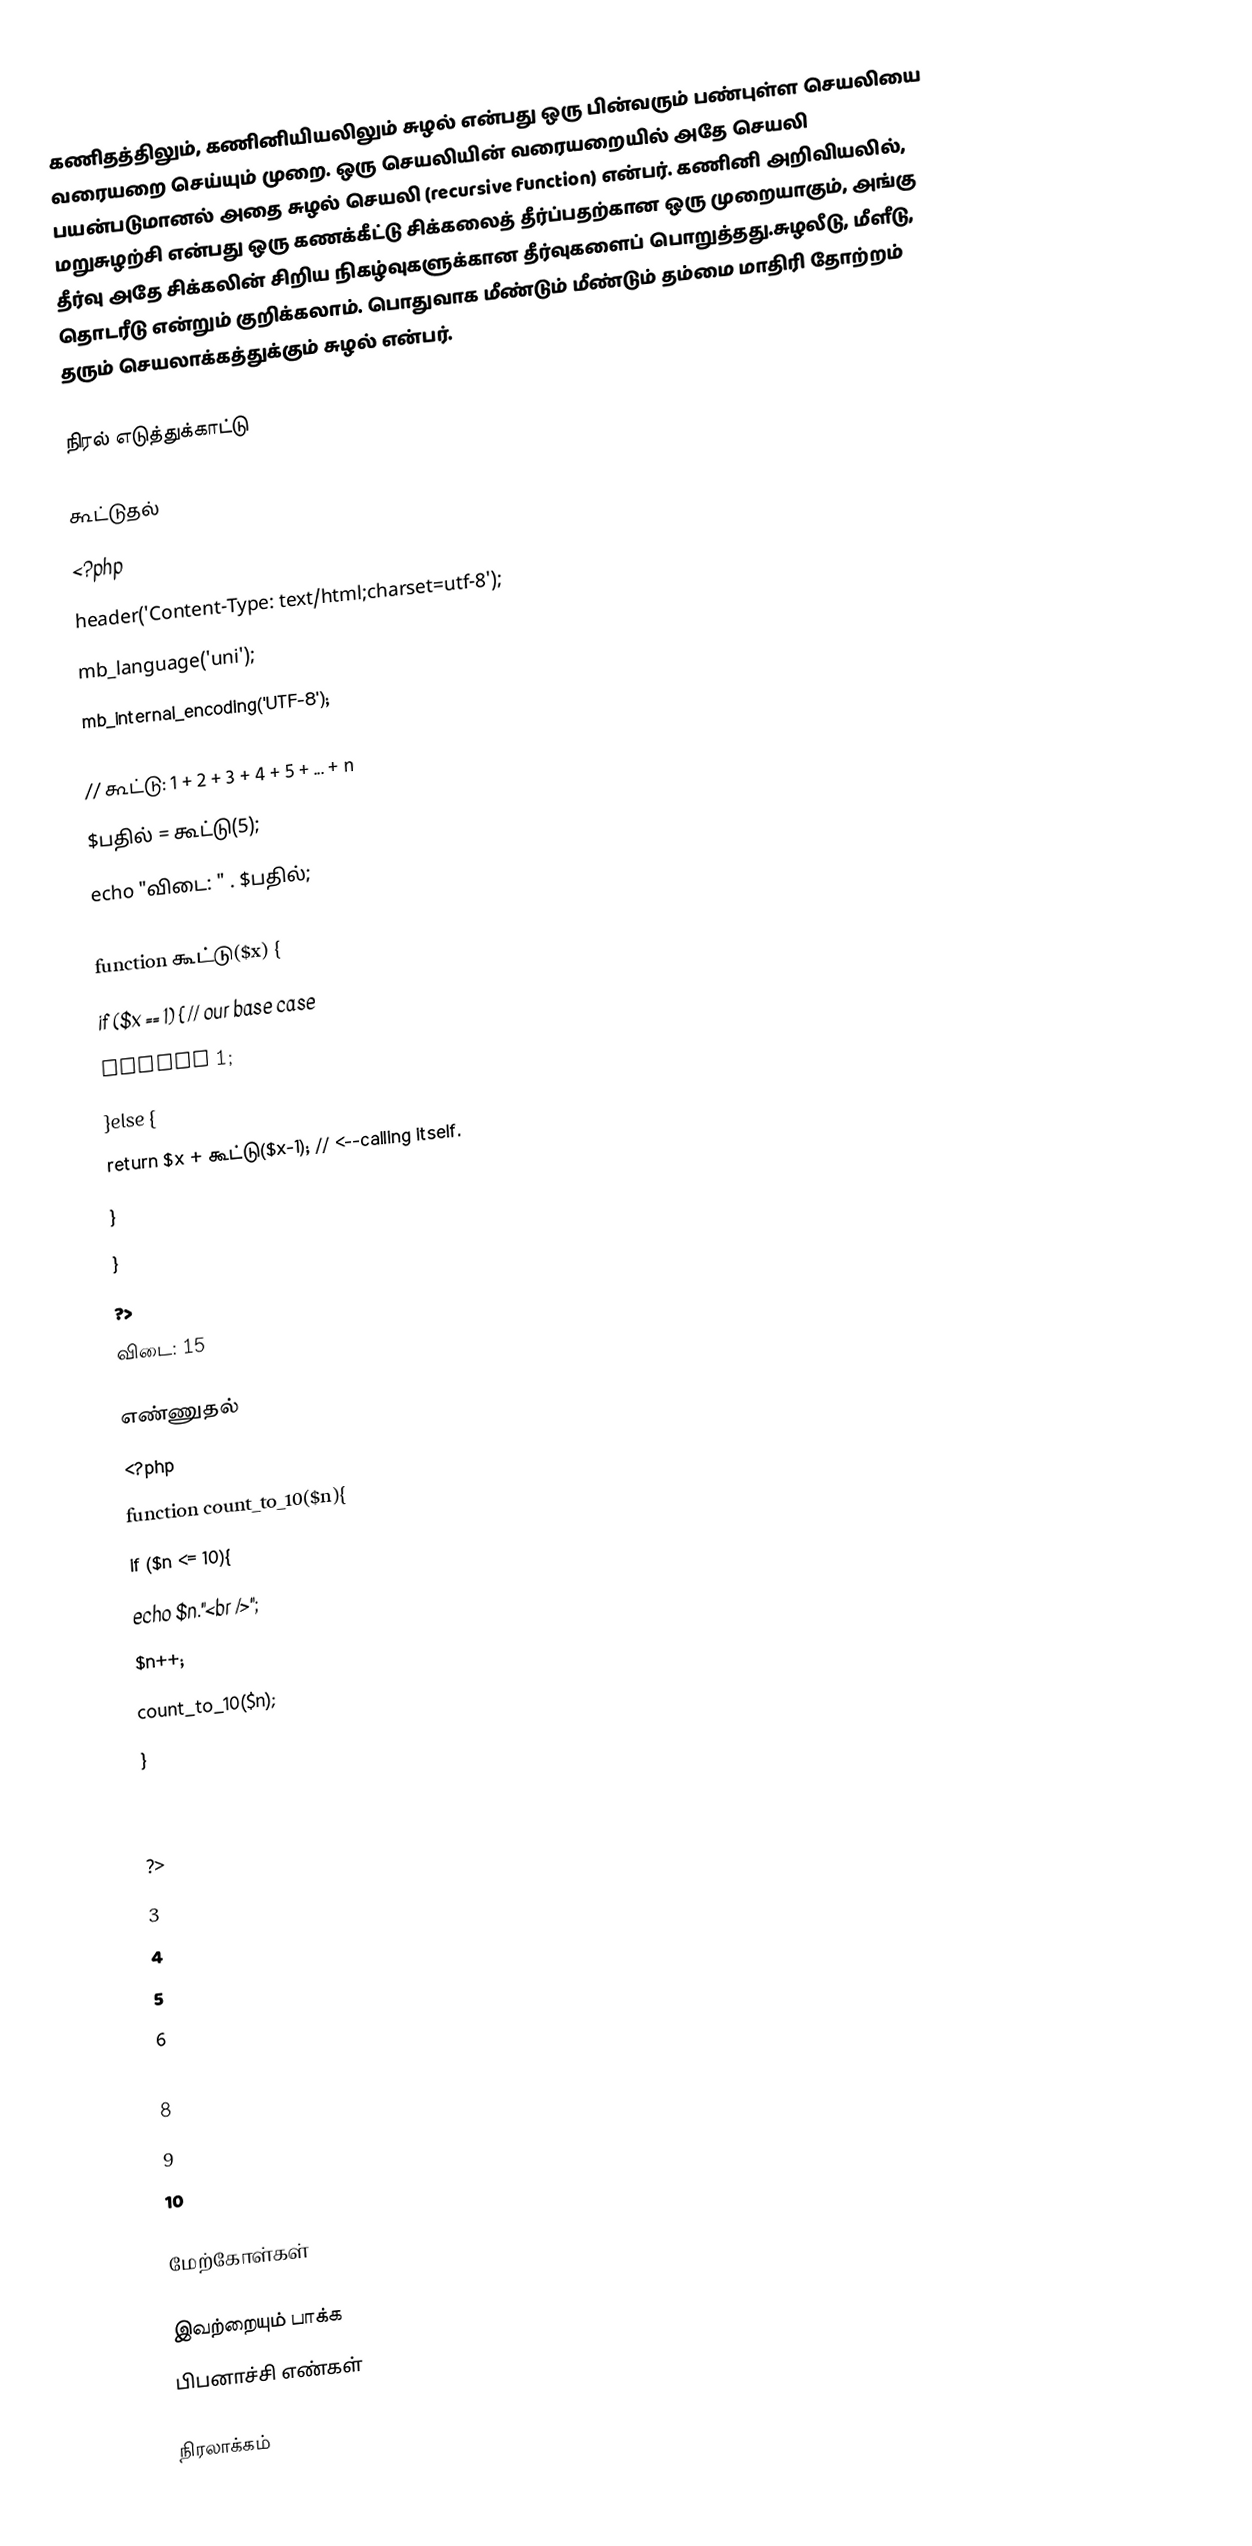
கணிதத்திலும், கணினியியலிலும் சுழல் என்பது ஒரு பின்வரும் பண்புள்ள செயலியை வரையறை செய்யும் முறை. ஒரு செயலியின் வரையறையில் அதே செயலி பயன்படுமானல் அதை சுழல் செயலி (recursive function) என்பர். கணினி அறிவியலில், மறுசுழற்சி என்பது ஒரு கணக்கீட்டு சிக்கலைத் தீர்ப்பதற்கான ஒரு முறையாகும், அங்கு தீர்வு அதே சிக்கலின் சிறிய நிகழ்வுகளுக்கான தீர்வுகளைப் பொறுத்தது.சுழலீடு, மீளீடு, தொடரீடு என்றும் குறிக்கலாம். பொதுவாக மீண்டும் மீண்டும் தம்மை மாதிரி தோற்றம் தரும் செயலாக்கத்துக்கும் சுழல் என்பர்.

நிரல் எடுத்துக்காட்டு

கூட்டுதல்
<?php
header('Content-Type: text/html;charset=utf-8');
mb_language('uni');
mb_internal_encoding('UTF-8');

// கூட்டு: 1 + 2 + 3 + 4 + 5 + ... + n
$பதில் = கூட்டு(5);
echo "விடை: " . $பதில்;

function கூட்டு($x) {
  if ($x == 1) {             // our base case
     return 1;
  }else {
     return $x + கூட்டு($x-1);  // <--calling itself.
  }
}
?>
விடை: 15

எண்ணுதல்
<?php
function count_to_10($n){
  if ($n <= 10){
     echo $n."<br />";
     $n++;
     count_to_10($n);
  }
}
count_to_10(3);
?>
3
4
5
6
7
8
9
10

மேற்கோள்கள்

இவற்றையும் பாக்க
 பிபனாச்சி எண்கள்

நிரலாக்கம்